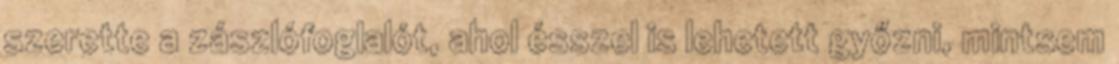
szerette a zászlófoglalót, ahol ésszel is lehetett győzni, mintsem